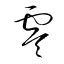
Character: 零